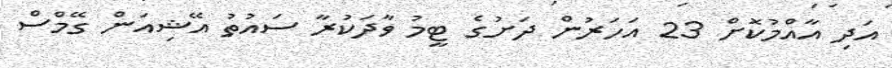
އަދި އާއްމުކޮށް 23 އަަހަރުން ދަށުގެ ޓީމު ވާދަކުރާ ސައުތު އޭޝިއަން ގޭމްސް